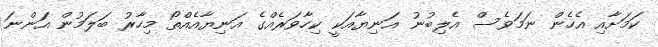
ކަމަށާއި އެހެން ނަމަވެސް އެލިބުނު އަނިޔާއަކީ ކިހާވަރެއްގެ އަނިޔާއެއްތޯ މިހާރު ބަލަމުން އަންނަ